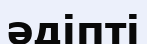
әдіпті